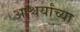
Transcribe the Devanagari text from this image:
आश्चर्यांच्या